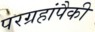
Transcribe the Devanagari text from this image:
परग्रहांपैकी